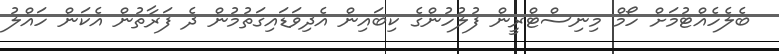
ބެލެހެއްޓުމަށް ހޯމް މިނިސްޓްރީން ފުލުހުންގެ ކިބައިން އެދިވަޑައިގަތުމުން ދެ ފަރާތުން އެކަން ހައްލު